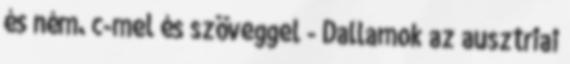
és ném. c-mel és szöveggel - Dallamok az ausztriai